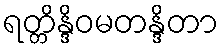
ရတ္တိန္ဒိဝမတန္ဒိတာ